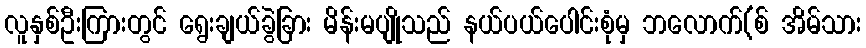
လူနှစ်ဦးကြားတွင် ရွေးချယ်ခွဲခြား မိန်းမပျိုသည် နယ်ပယ်ပေါင်းစုံမှ ဘလောက်(စ် အိမ်သား